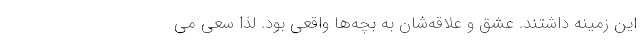
این زمینه داشتند. عشق و علاقه‌شان به بچه‌ها واقعی بود. لذا سعی می